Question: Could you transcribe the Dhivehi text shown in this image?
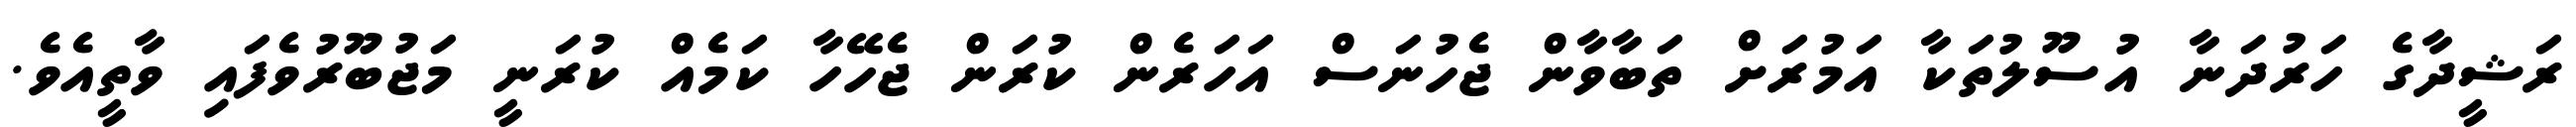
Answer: ރަޝީދާގެ ހަރުދަނާ އުސޫލުތަކާ އަމުރަށް ތަބާވާން ޖެހުނަސް އަހަރެން ކުރަން ޖެހޭހާ ކަމެއް ކުރަނީ މަޖުބޫރުވެފައި ވާތީއެވެ.